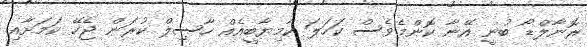
ރޮނާލްޑޯ ބުނީ އޭނާ ކޮންމެވެސް ކަހަލަ ކާމިޔާބީއެއް ހާސިލް ކުރަން ޖެހޭ ކަމަށާއި